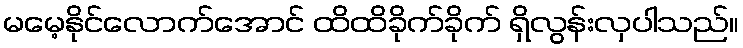
မမေ့နိုင်လောက်အောင် ထိထိခိုက်ခိုက် ရှိလွန်းလှပါသည်။